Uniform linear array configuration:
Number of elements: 8
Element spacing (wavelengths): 0.25
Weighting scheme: blackman
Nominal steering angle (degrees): -60
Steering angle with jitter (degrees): -59.855
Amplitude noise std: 0.05
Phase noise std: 0.05

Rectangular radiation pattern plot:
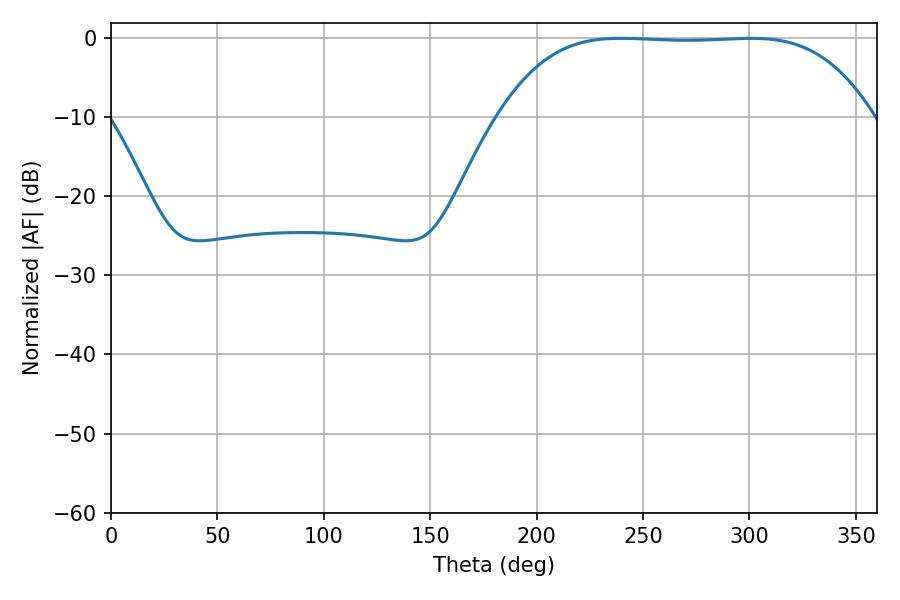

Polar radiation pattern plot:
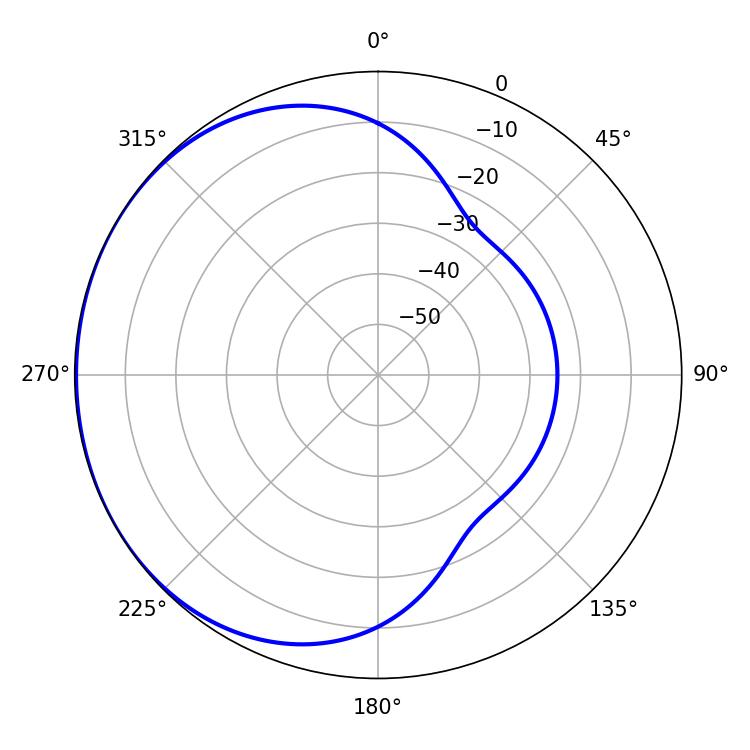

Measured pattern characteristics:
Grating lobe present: FALSE
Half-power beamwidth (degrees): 134.28
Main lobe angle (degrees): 239.4